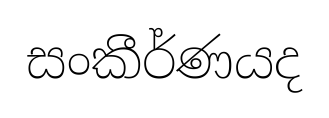
සංකීර්ණයද